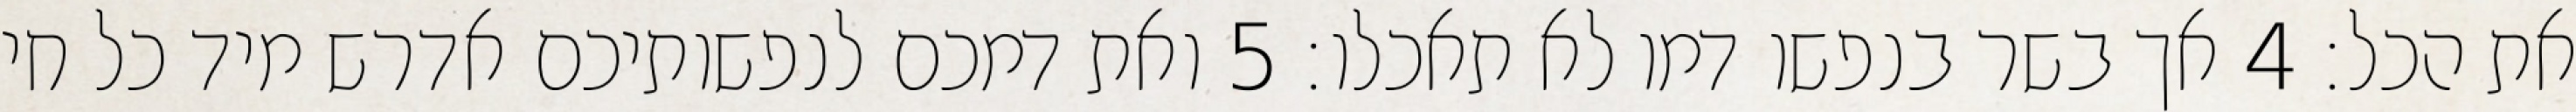
את הכל׃ ‎4‏ אך בשר בנפשו דמו לא תאכלו׃ ‎5‏ ואת דמכם לנפשותיכם אדרש מיד כל חי